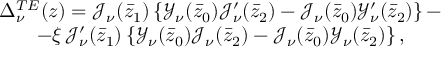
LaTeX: \begin{array} { c } { { \Delta _ { \nu } ^ { T E } ( z ) = \mathcal { J } _ { \nu } ( \bar { z } _ { 1 } ) \left\{ \mathcal { Y } _ { \nu } ( \bar { z } _ { 0 } ) \mathcal { J } _ { \nu } ^ { \prime } ( \bar { z } _ { 2 } ) - \mathcal { J } _ { \nu } ( \bar { z } _ { 0 } ) \mathcal { Y } _ { \nu } ^ { \prime } ( \bar { z } _ { 2 } ) \right\} - } } \\ { { - \xi \, \mathcal { J } _ { \nu } ^ { \prime } ( \bar { z } _ { 1 } ) \left\{ \mathcal { Y } _ { \nu } ( \bar { z } _ { 0 } ) \mathcal { J } _ { \nu } ( \bar { z } _ { 2 } ) - \mathcal { J } _ { \nu } ( \bar { z } _ { 0 } ) \mathcal { Y } _ { \nu } ( \bar { z } _ { 2 } ) \right\} , } } \end{array}